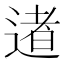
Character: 𨔾